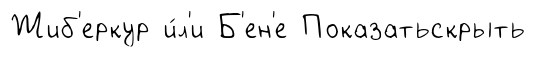
Жиб'еркур и́л'и Б'ен'е Показатьскрыть